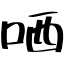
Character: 哂